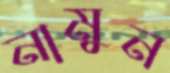
নামুন